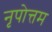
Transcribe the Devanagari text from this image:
नृपोत्तम